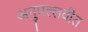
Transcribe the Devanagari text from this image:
अनुपल्लवीत